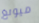
ميونغ